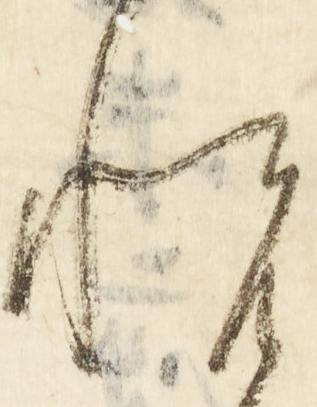
悦